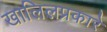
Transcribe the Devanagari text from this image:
खालिलप्रकारे